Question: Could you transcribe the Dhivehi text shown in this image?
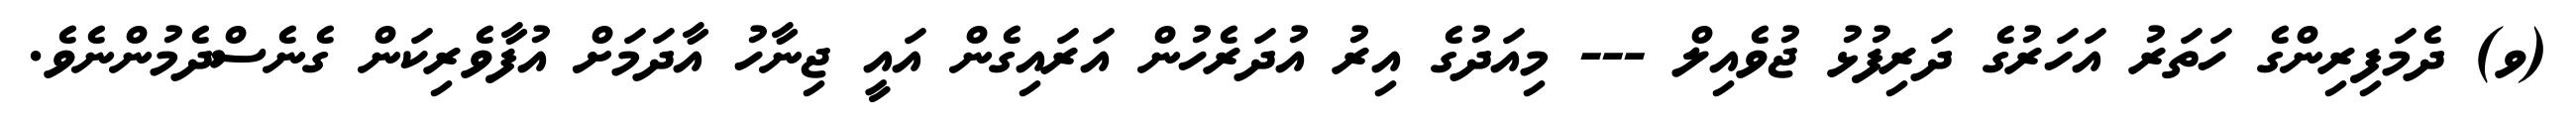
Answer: (ވ) ދެމަފިރިންގެ ހަތަރު އަހަރުގެ ދަރިފުޅު ޖުވެއިލް --- މިއަދުގެ އިރު އުދަރެހުން އަރައިގެން އައީ ޖިނާހު އާދަމަށް އުފާވެރިކަން ގެނެސްދެމުންނެވެ.